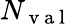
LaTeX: N_{\mathrm{~v~a~l~}}